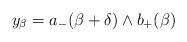
LaTeX: \begin{align*}y_\beta=a_-(\beta+\delta)\wedge b_+(\beta)\end{align*}